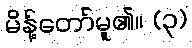
မိန့်တော်မူ၏။ (၃)